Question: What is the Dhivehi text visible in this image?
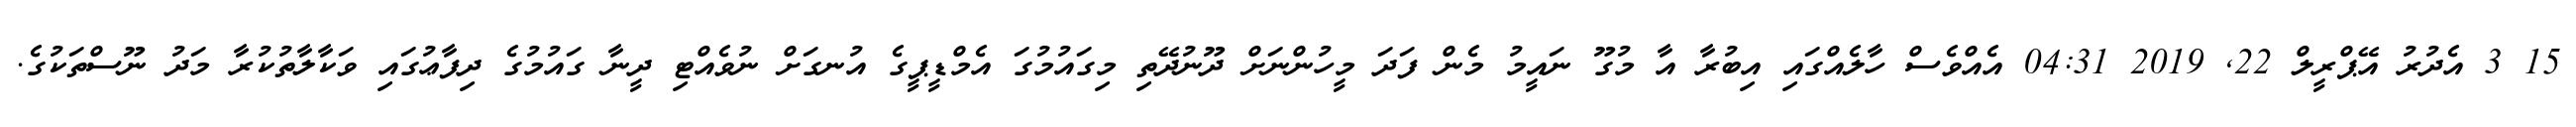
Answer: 15 3 އެދުރު އޭޕްރީލް 22, 2019 04:31 އެއްވެސް ހާލެއްގައި އިބުރާ އާ މުގޫ ނައީމު މެން ފަދަ މީހުންނަށް ދޫނުދޭތި މިގައުމުގަ އެމްޑީޕީގެ އުނގަށް ނުވެއްޓި ދީނާ ގައުމުގެ ދިފާޢުގައި ވަކާލާތުކުރާ މަދު ނޫސްތަކުގެ.